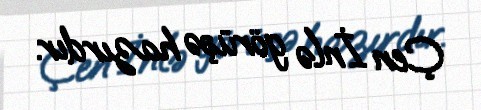
Çen İnlə görüşə hazırdır.